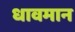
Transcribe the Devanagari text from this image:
धावमान